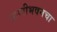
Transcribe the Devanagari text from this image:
बाष्पीभवनचा